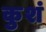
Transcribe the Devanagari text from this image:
कुशं